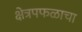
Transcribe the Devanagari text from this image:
क्षेत्रपफळाचा